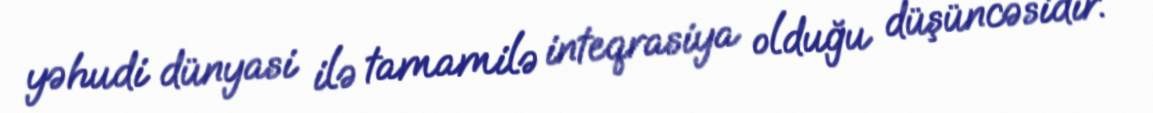
yəhudi dünyasi ilə tamamilə inteqrasiya olduğu düşüncəsidir.